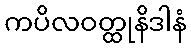
ကပိလဝတ္ထုနိဒါနံ